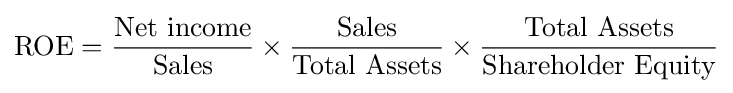
\mathrm {ROE} ={\frac {\mbox{Net income}}{\mbox{Sales}}}\times {\frac {\mbox{Sales}}{\mbox{Total Assets}}}\times {\frac {\mbox{Total Assets}}{\mbox{Shareholder Equity}}}